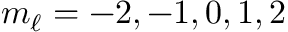
m _ { \ell } = - 2 , - 1 , 0 , 1 , 2